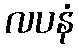
လပနံ